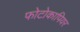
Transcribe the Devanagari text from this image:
फोटोकापियर